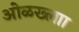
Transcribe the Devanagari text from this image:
ओळख्लाा